Calcutta medical institutions reports 1892-1900
Year: 1892
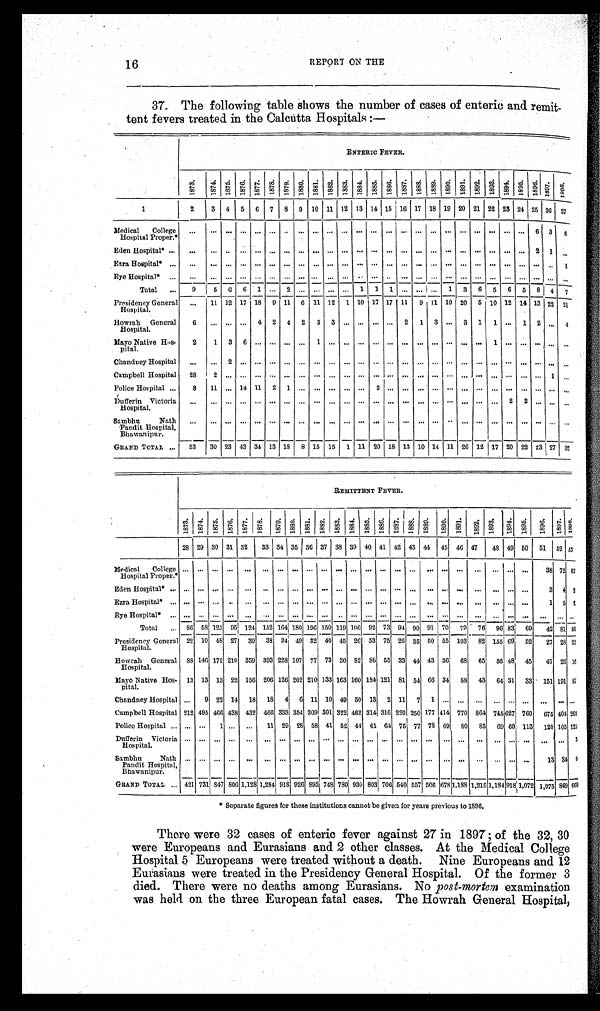
REPORT ON THE
37. The following table shows the number of cases of enteric and remit-
tent fevers treated in the Calcutta Hospitals:—
ENTERIC FEVER.
1 8 7 3 .
1 8 7 4 .
1875. 1 8 7 6 . 1877. 1878. 1 8 7 9 . 1 8 8 0 . 1 8 8 1 . 1 8 8 2 . 1 8 8 3 . 1 8 8 4 . 1 8 8 5 . 1 8 8 6 . 1 8 8 7 . 1 8 8 8 .
1 8 8 9 .
1 8 9 0 . 1 8 9 1 . 1892. 1893. 1894. 1 8 9 5 . 1 8 9 6 . 1 8 9 7 .
1 8 9 8 .
1
2 3 4 5 6 7
8 9 10 11 12 13 14 15 16 17 18 19 20 21 22 23 24 25 26 27
M e d i c a l C o l l e g e
Hospital Proper.*
. . .
. . .... . . .
... ... . . . . . . . . . . . . . . . . . . . . . . . . . . . . . . . . . . . . . . .
... ... ... . . . 6 3 6
Eden Hospital* ... ... ... ... ... ... ... ... ... ... ... ... . . . . . . ... ... ... ... . . . ... ... ... ... ... 2 1
. . .
Ezra Hospital* ... ... ... ... ... ... ... ... ... . . . . . . . . . . . . . . . . . . . . . . . . . . . . . . . . .
... ... ... . . . . . . . . . 1
E y e H o s p i t a l * . . . . . .
. . .... . . .
... ... . . . . . . . . . . . . . . . . . . . . . . . . . . . . . . . . . . . . . . .
... ... ... . . . . . . . . . . . .
Total ... 9 5 6 6 1 ... 2 ... ... ... ... 1 1 1 ... ... ... 1 3 6 5 6 5 8 4 7
Presidency General
Hospital.
. . . 11 12 17 18 9 11 6 11 12 1 10 17 17 11 9 11 10 20 5 10 12 14 13 22 21
Howrah General
Hospital.
6 ... ... ... 4 2 4 2 3 3 ... ... ... ... 2 1 3 ... 3 1 1 ... 1 2 . . . 4
Mayo Native Hos-
pital.
2
1 3
6 . . .
... . . . . . . 1 . . . . . . . . . . . . . . . . . . . . . . . . . . . . . .
... 1 ... . . . . . . . . . . . .
Chandney Hospital ... ... 2 ... ... ... ... ... ... . . . . . . ... ... . . . . . . . . . . . . ... . . . ... ... ... ... ... ... ...
Campbell Hospital 28 2 ... . . .
... ... . . . . . . . . . . . . . . . . . . . . . . . . . . . . . . . . . . . . . . .
... ... ... . . . . . . 1 . . .
Police Hospital ... 8 11 ... 14 11 2 1 ... ... ... ... ... 2 ... ... ... ... . . . . . . ... ... ... ... ... . . . . . .
Dufferin Victoria
Hospital.
... ... ... ... ... ... ... ... ... ... ... ... ... ... ... . . . ... ... ... ... ... 2 2 . . . . . . ...
S a m b h u N a t h Pandit Hospital,
Bhawanipur.
. . .
. . .... . . .
... ... . . . . . . . . . . . . . . . . . . . . . . . . . . . . . . . . . . . . . . .
... ... ... . . . . . . . . . . . .
GRAND TOTAL ... 53 30 23 43 34 13 18 8 15 15 1 11 20 18 13 10 14 11 26 12 17 20 22 23 27 32
REMITTENT FEVER.
1873. 1874. 1875. 1876. 1 8 7 7 . 1878. 1879. 1880. 1 8 8 1 . 1882. 1883. 1884. 1885. 1886.
1 8 8 7 . 1888. 1889. 1890. 1891. 1892. 1893. 1894. 1895. 1896. 1897. 1 8 9 8 .
28 29 30 31 32 33 34 35 36 37 38 39 40 41 42 43 4 4 45 46 47
4 8 49 50 51 52 53
M e d i c a l C o l l e g e
Hospital Proper.*
. . . . . . . . . . . .
. . . . . . . . . . . . . . . . . . . . . . . . . . . . . . . . . . . . . . . . . . . . . . . . . . . . . . . . . 3 8 7 2 8 2
Eden Hospital* ... ... ... ... ... ... ...
. . . . . . ... . . . . . . ... ... ... ... . . . ... ... ... ... ... ... ...
3 4 2
Ezra Hospital* ... . . . ... . . . . . .
. . . ... ... ... . . . . . . . . . . . . . . . . . . . . . . . . . . . . . . . . . . . . . . . . . . . . . 1 5 2
E y e H o s p i t a l * . . . . . . . . . . . . . . .
. . . . . . . . . . . . . . . . . . . . . . . . . . . . . . . . . . . . . . . . . . . . . . . . . . . . . . . . . . . . . . . . . .
Total ... 86 58 125 95 124 152 164 180 196 150 119 106 92 73 94 90 91 70 79 76 96 83 69 42 81 86
Presidency General
Hospital.
22 10 48 27 39 38 34 49 32 40 45 26 53 75 26 35 50 55 103 82 155 69 52 27 28 22
Howrah General
Hospital.
88 146 172 210 359 393 228 107 77 73 30 82 86 55 33 44 43 36 68 65 55 48 45 47 26 16
Mayo Native Hos-
pital.
13 13 13 22 156 206 126 202 210 133 163 160 184 121 81 54 66 34 88 43 64 31 33 151 191 87
Chandney Hospital ... 9 22 14 18 18 4 6 11 10 49 50 13 2 11 7 1 ... ... ... ... . . . ... ...
. . . . . .
Campbell Hospital 212 495 466 438 432 466 333 354 309 301 322 462 314 316 220 250 177 414 770 864 745 627 760 675 404 263
Police Hospital ... ... ... 1 ... ... 11 29 28 58 41 52 44 61 64 75 77 78 69 80 85 69 60 113 120 105 125
Dufferin Victoria
Hospital.
... ... ... ... ...
. . . . . . . . . . . . . . . . . . . . . . . . . . . . . . . . . . . . . . . . . . . . . . . . . . . . . . . . . . . . 3
S a m b h u N a t h
Pandit Hospital,
Bhawanipur.
. . . . . . . . . . . . . . . . . . . . . . . . . . . . . . . . . . . . . . . . . . . . . . . . . . . . . . . . . . . . . . . . . . . . . 1 3 3 4 8
GRAND TOTAL ... 421 731 847 806 1,128 1,284 918 926 893 748 780 930 803 706 540 557 506 678 1,188 1,215 1,184 918 1,072 1,075 869 6 0 9
* Separate figures for these institutions cannot be given for years previous to 1896.
There were 32 cases of enteric fever against 27 in 1897; of the 32, 30
were Europeans and Eurasians and 2 other classes. At the Medical College
Hospital 5 Europeans were treated without a death. Nine Europeans and 12
Eurasians were treated in the Presidency General Hospital. Of the former 3
died. There were no deaths among Eurasians. No post-mortem examination
was held on the three European fatal cases. The Howrah General Hospital,
16